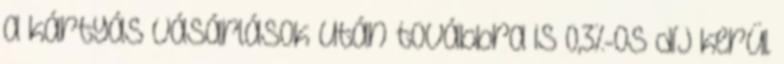
a kártyás vásárlások után továbbra is 0,3%-os díj kerül